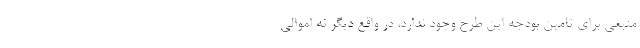
منبعی برای تامین بودجه این طرح وجود ندارد، در واقع دیگر نه اموالی